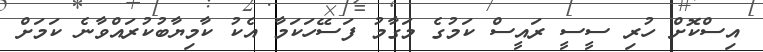
އިސްކޮށް ހުރި ސީސީ ރައީސް ކަމުގެ މަގާމު ފަސޭހަކަމާ އެކު ކާމިޔާބުކުރައްވާނެ ކަމަށް